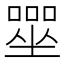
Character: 𡀓